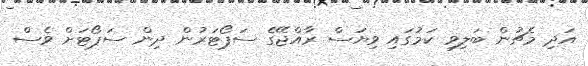
އަދި މެޗުން ބަލިވި ކަމުގައި ވިޔަސް ރާއްޖޭގެ ސަޕޯޓަރުން ދިން ސަޕޯޓަށް ވެސް